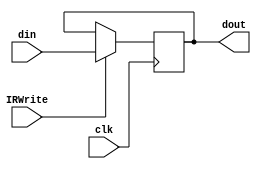
module ir(clk, din, IRWrite, dout);
    input clk;
    input [31:0]din;
    input IRWrite;
    output wire[31:0] dout;
    
    reg [31:0]InstructionReg;

    initial
        InstructionReg = 32'b0;

    always@(posedge clk)begin
        if(IRWrite)
            InstructionReg = din;
    end

    assign dout = InstructionReg;

endmodule